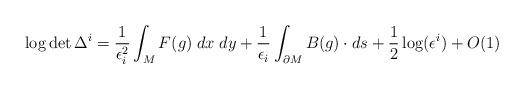
LaTeX: \begin{align*} \log \det \Delta^i = \frac{1}{\epsilon_i^2 } \int_M F(g) \; dx \; dy + \frac{1}{\epsilon_i}\int_{\partial M} B(g) \cdot ds + \frac{1}{2} \log(\epsilon^i) + O(1)\end{align*}